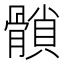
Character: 𩪈